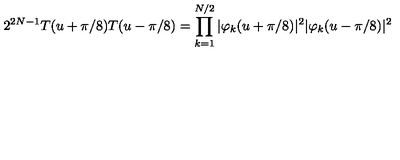
2 ^ { 2 N - 1 } T ( u + \pi / 8 ) T ( u - \pi / 8 ) = \prod _ { k = 1 } ^ { N / 2 } | \varphi _ { k } ( u + \pi / 8 ) | ^ { 2 } | \varphi _ { k } ( u - \pi / 8 ) | ^ { 2 }